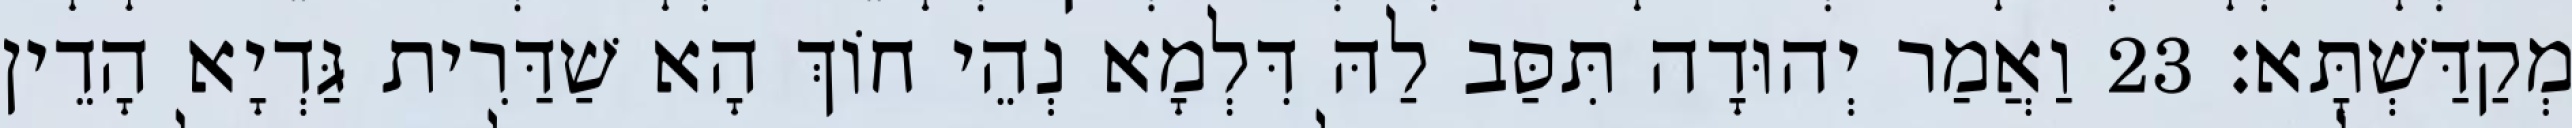
מְקַדַּשְׁתָּא׃ 23 וַאֲמַר יְהוּדָה תִּסַּב לַהּ דִּלְמָא נְהֵי חוֹךְ הָא שַׁדַּרִית גַּדְיָא הָדֵין